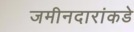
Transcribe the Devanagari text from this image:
जमीनदारांकडे